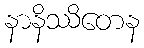
နာနိဿိတေန